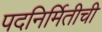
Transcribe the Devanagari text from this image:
पदनिर्मितीची